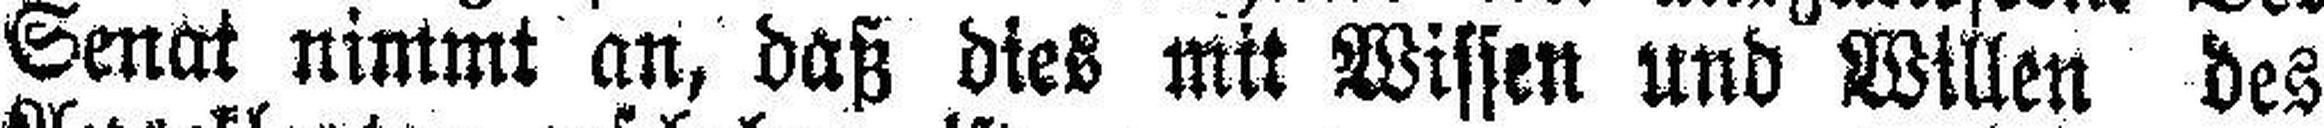
Senat nimmt an, daß dies mit Wissen und Willen des